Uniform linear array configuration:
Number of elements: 48
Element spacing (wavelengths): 0.75
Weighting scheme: hann
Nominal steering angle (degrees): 60
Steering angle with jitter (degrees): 61.188
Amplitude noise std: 0.05
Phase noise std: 0.05

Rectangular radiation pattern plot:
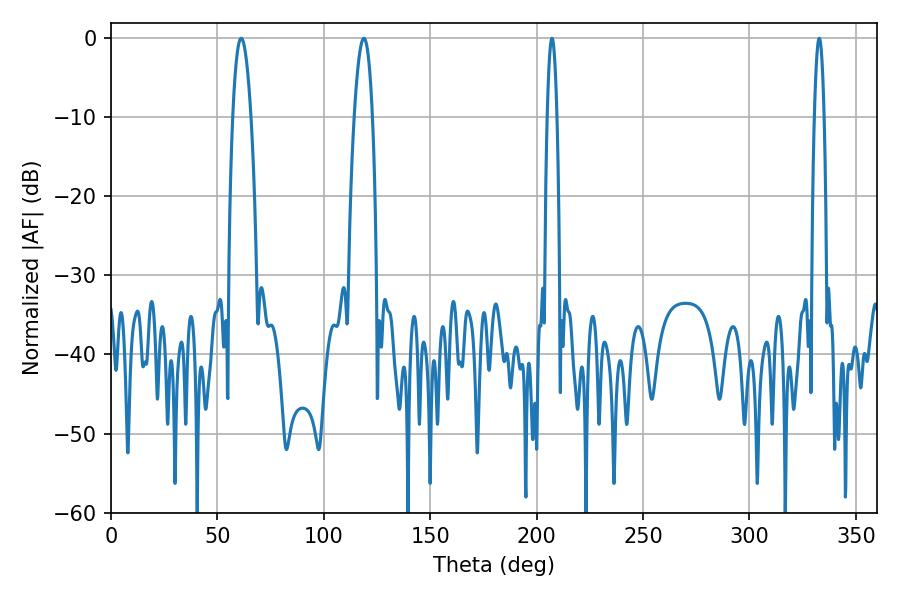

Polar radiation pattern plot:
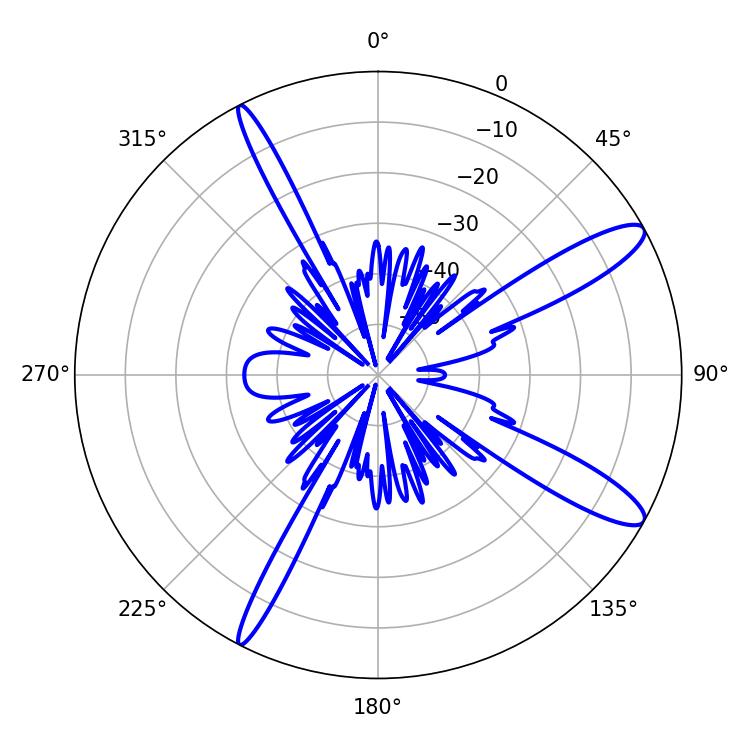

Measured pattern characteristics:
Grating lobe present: TRUE
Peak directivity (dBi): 12.503
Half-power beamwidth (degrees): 4.68
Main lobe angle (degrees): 61.2